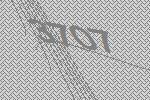
3707